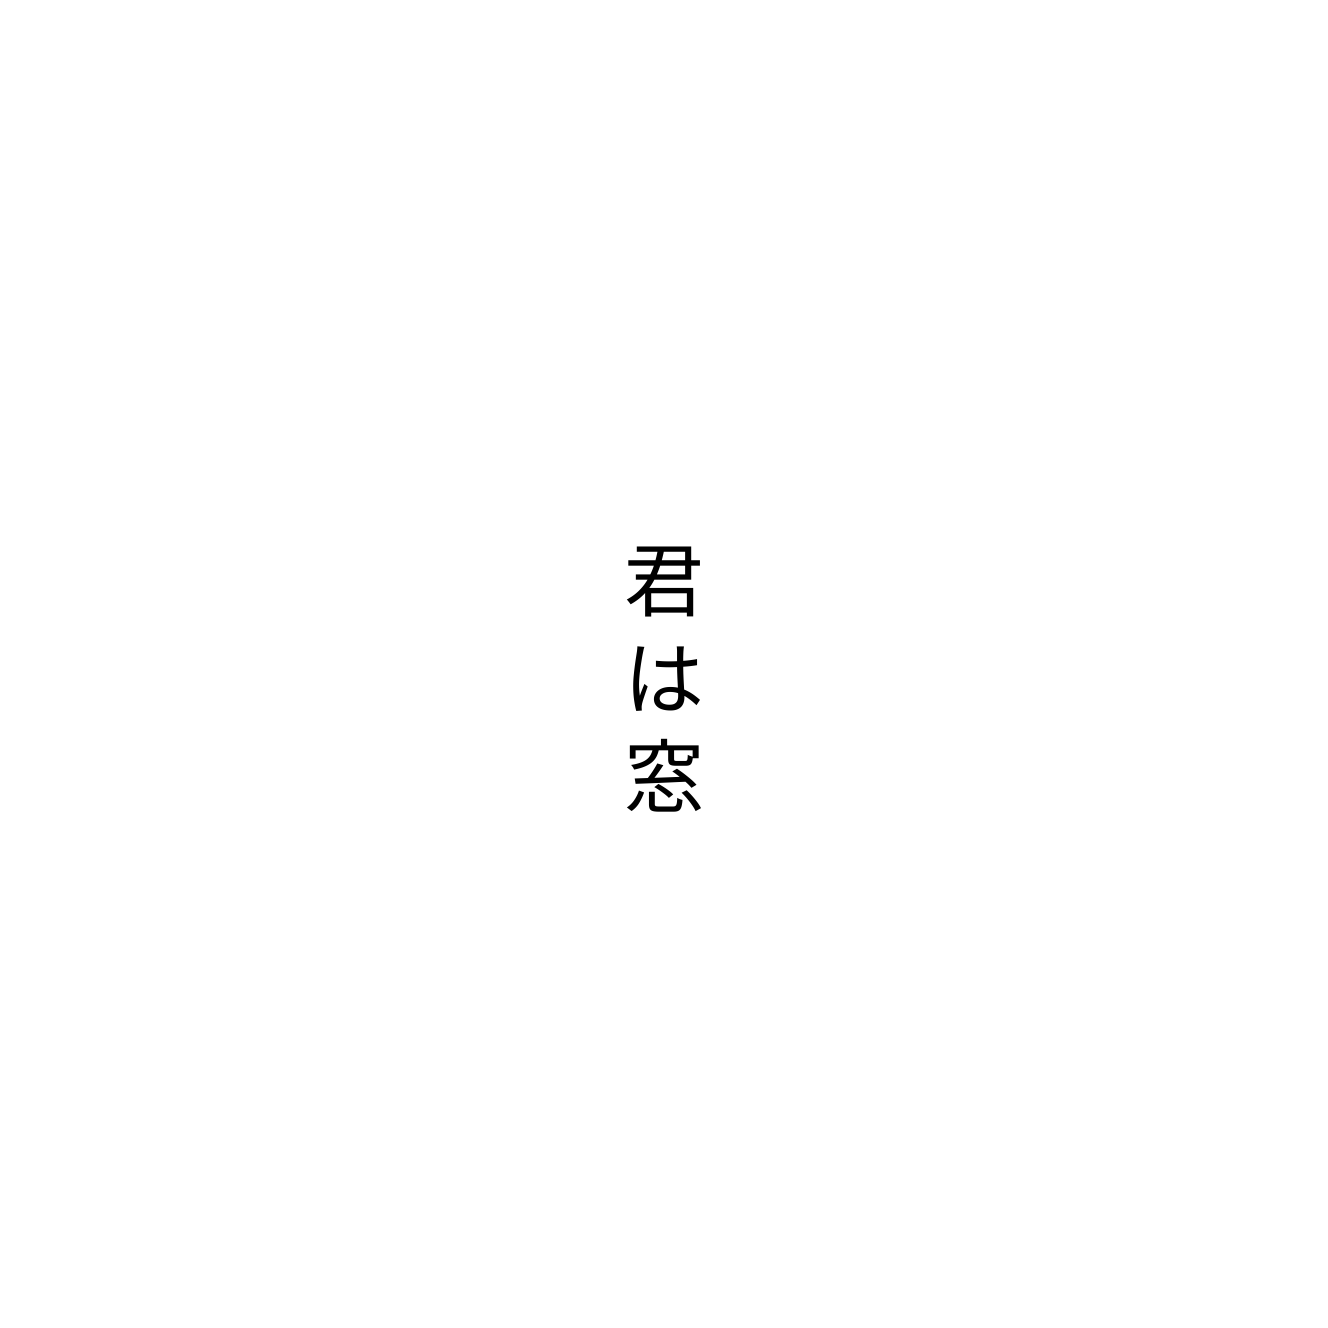
君は窓